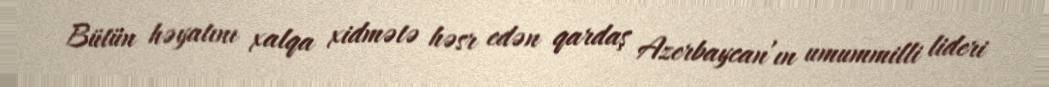
Bütün həyatını xalqa xidmətə həsr edən qardaş Azerbaycan’ın umummilli lideri